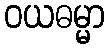
ဝယဓမ္မာ